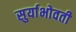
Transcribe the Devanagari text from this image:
सुर्याभोवती